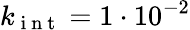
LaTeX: k_{\mathrm{~i~n~t~}}=1\cdot 10^{-2}